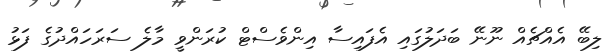
ލިބޭ އެއްޗެއް ނޫނޭ ބަދަލުގައި އެފައިސާ އިންވެސްޓް ކުރަންވީ މާލެ ސަރަހައްްދުގެ ފަޅު